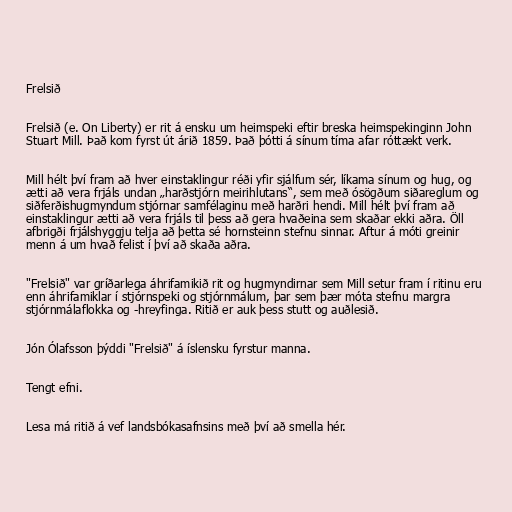
Frelsið

Frelsið (e. On Liberty) er rit á ensku um heimspeki eftir breska heimspekinginn John
Stuart Mill. Það kom fyrst út árið 1859. Það þótti á sínum tíma afar róttækt verk.

Mill hélt því fram að hver einstaklingur réði yfir sjálfum sér, líkama sínum og hug, og
ætti að vera frjáls undan „harðstjórn meirihlutans“, sem með ósögðum siðareglum og
siðferðishugmyndum stjórnar samfélaginu með harðri hendi. Mill hélt því fram að
einstaklingur ætti að vera frjáls til þess að gera hvaðeina sem skaðar ekki aðra. Öll
afbrigði frjálshyggju telja að þetta sé hornsteinn stefnu sinnar. Aftur á móti greinir
menn á um hvað felist í því að skaða aðra.

"Frelsið" var gríðarlega áhrifamikið rit og hugmyndirnar sem Mill setur fram í ritinu eru
enn áhrifamiklar í stjórnspeki og stjórnmálum, þar sem þær móta stefnu margra
stjórnmálaflokka og -hreyfinga. Ritið er auk þess stutt og auðlesið.

Jón Ólafsson þýddi "Frelsið" á íslensku fyrstur manna.

Tengt efni.

Lesa má ritið á vef landsbókasafnsins með því að smella hér.